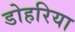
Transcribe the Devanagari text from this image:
डोहरिया